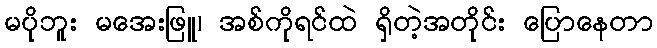
မပိုဘူး မအေးဖြူ၊ အစ်ကိုရင်ထဲ ရှိတဲ့အတိုင်း ပြောနေတာ